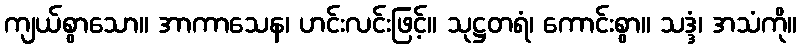
ကျယ်စွာသော။ အာကာသေန၊ ဟင်းလင်းဖြင့်။ သုဋ္ဌတရံ၊ ကောင်းစွာ။ သဒ္ဒံ၊ အသံကို။